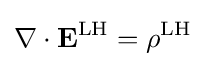
\nabla \cdot \mathbf {E} ^{\text{LH}}=\rho ^{\text{LH}}